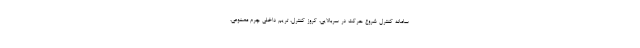
سامانه کنترل شروع حرکت در سربالایی، کروز کنترل، تریم داخلی چرم مصنوعی،